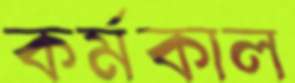
কর্মকাল